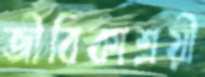
জীবিকাশ্রয়ী